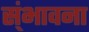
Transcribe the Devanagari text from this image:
स्ंभावना